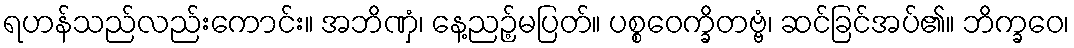
ရဟန်သည်လည်းကောင်း။ အဘိဏှံ၊ နေ့ညဉ့်မပြတ်။ ပစ္စဝေက္ခိတဗ္ဗံ၊ ဆင်ခြင်အပ်၏။ ဘိက္ခဝေ၊